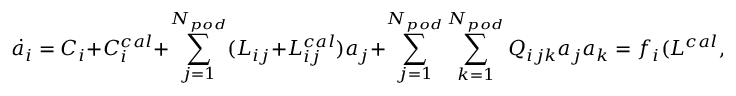
\dot { a } _ { i } = C _ { i } + C _ { i } ^ { c a l } + \sum _ { j = 1 } ^ { N _ { p o d } } ( L _ { i j } + L _ { i j } ^ { c a l } ) a _ { j } + \sum _ { j = 1 } ^ { N _ { p o d } } \sum _ { k = 1 } ^ { N _ { p o d } } Q _ { i j k } a _ { j } a _ { k } = f _ { i } ( L ^ { c a l } , C ^ { c a l } , \mathbf { a } )